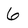
Character: 6